Scottish Leaving Certificate Examination, 1961
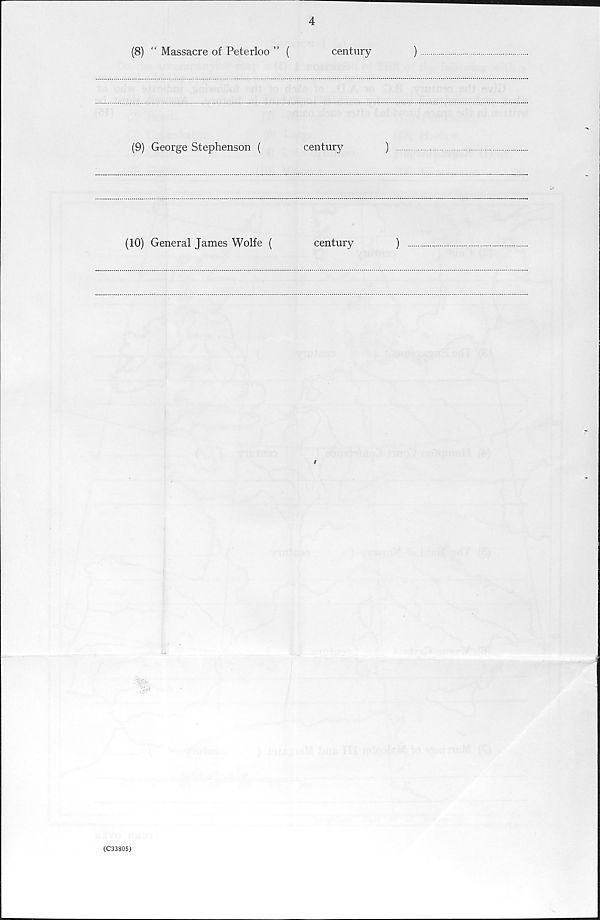
4
(8) “ Massacre of Peterloo ” (
century
)
(9) George Stephenson (
century
)
(10) General James Wolfe (
century
)
(C33805)